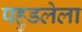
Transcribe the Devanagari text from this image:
पहुडलेला